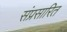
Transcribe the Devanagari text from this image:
संप्रसारित